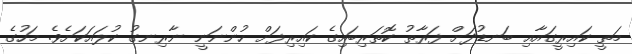
މަތީ ކައިރީގައާއި ބަނޑުދަށް ފަރާތު ކޮތަރިބައިގެ ކައިރިފަށް ހުންނަނީ ނާރިނގު ކުލައަކަށެވެ. މަހުގެ